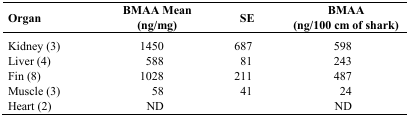
<table><thead><tr><td><b>Organ</b></td><td><b>BMAA Mean (ng/mg)</b></td><td><b>SE</b></td><td><b>BMAA (ng/100 cm of shark)</b></td></tr></thead><tbody><tr><td>Kidney (3)</td><td>1450</td><td>687</td><td>598</td></tr><tr><td>Liver (4)</td><td>588</td><td>81</td><td>243</td></tr><tr><td>Fin (8)</td><td>1028</td><td>211</td><td>487</td></tr><tr><td>Muscle (3)</td><td>58</td><td>41</td><td>24</td></tr><tr><td>Heart (2)</td><td>ND</td><td></td><td>ND</td></tr></tbody></table>